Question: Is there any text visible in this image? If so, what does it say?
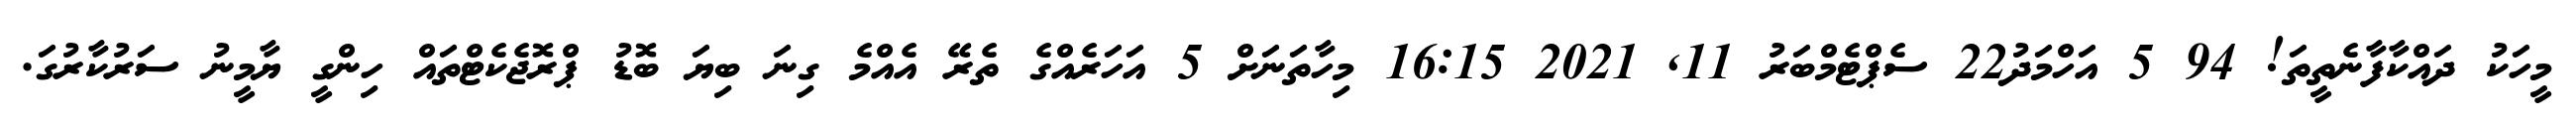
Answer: މީހަކު ދައްކާފާނެތީތަ! 94 5 އަހްމަދު22 ސެޕްޓެމްބަރު 11, 2021 16:15 މިހާތަނަށް 5 އަހަރެއްގެ ތެރޭ އެއްމެ ގިނަ ބިޔަ ބޮޑު ޕްރޮޖެކެޓްތައް ހިންގީ ޔާމީނު ސަރުކާރުގަ.